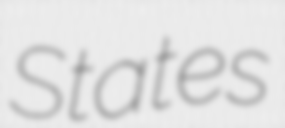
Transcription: States